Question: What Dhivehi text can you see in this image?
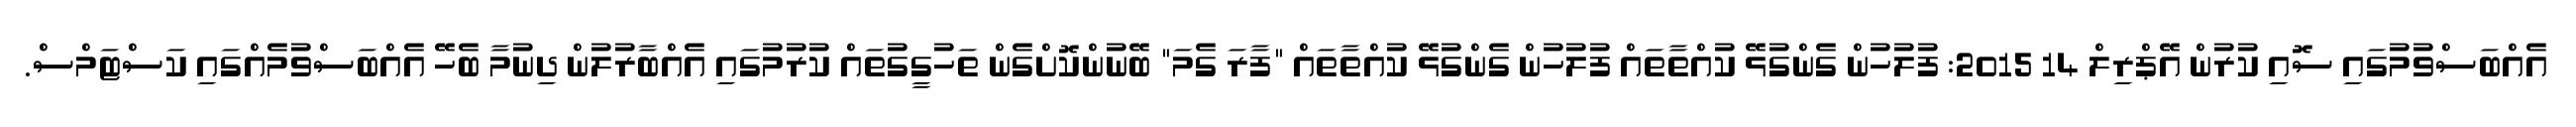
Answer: އެއްބަސްވުމުގައި ސޮއި ކުރުން އޭޕްރިލް 14 2015: ފުލުހުން ގެންގުޅޭ ކުއްތާތައް ފުލުހުން ގެންގުޅޭ ކުއްތާތައް "ފާރަ ގެމަ" ބޭނުންކޮށްގެން ތަހުގީގުތައް ކުރުމުގައި އެއްބާރުލުން ދިނުމާ ބެހޭ އެއްބަސްވުމެއްގައި ކަސްޓަމްސް.